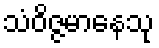
သံဝိဇ္ဇမာနေသု